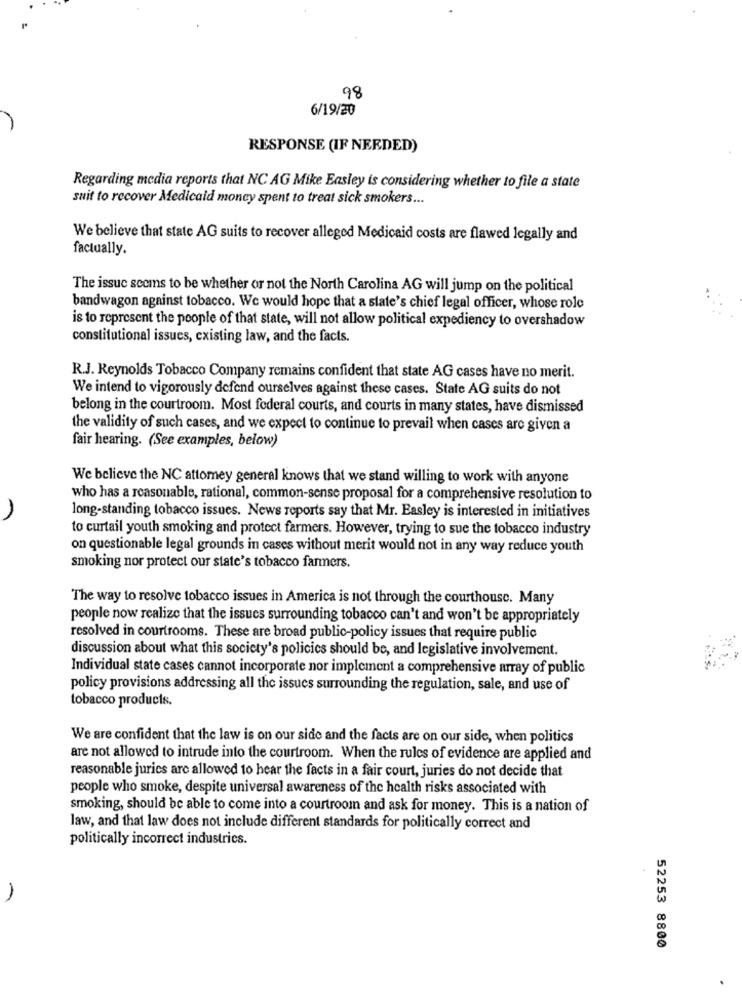
98
6/19/20
RESPONSE (IF NEEDED)
Regarding media reports that NC AG Mike Easley is considering whether to file a state
suit to recover Medicaid money spent to treat sick smokers ...
We believe that state AG suits to recover alleged Medicaid costs are flawed legally and
factually.
The issuc seems to be whether or not the North Carolina AG will jump on the political
bandwagon against tobacco. We would hope that a state's chief legal officer, whose role
is to represent the people of that state, will not allow political expediency to overshadow
constitutional issues, existing law, and the facts.
R.J. Reynolds Tobacco Company remains confident that state AG cases have no merit.
We intend to vigorously defend ourselves against these cases. State AG suits do not
belong in the courtroom. Most federal courts, and courts in many states, have dismissed
the validity of such cases, and we expect to continue to prevail when cases are given a
fair hearing. (See examples, below)
We believe the NC attomey general knows that we stand willing to work with anyone
who has a reasonable, rational, common-sense proposal for a comprehensive resolution to
long-standing tobacco issues. News reports say that Mr. Easley is interested in initiatives
to curtail youth smoking and protect farmers. However, trying to sue the tobacco industry
on questionable legal grounds in cases without merit would not in any way reduce youth
smoking nor protect our state's tobacco farmers.
The way to resolve tobacco issues in America is not through the courthouse. Many
people now realize that the issues surrounding tobacco can't and won't be appropriately
resolved in courtrooms. These are broad public-policy issues that require public
discussion about what this society's policies should be, and legislative involvement.
Individual state cases cannot incorporate nor implement a comprehensive array of public
policy provisions addressing all the issues surrounding the regulation, sale, and use of
tobacco products.
We are confident that the law is on our side and the facts are on our side, when politics
are not allowed to intrude into the courtroom. When the rules of evidence are applied and
reasonable jurics are allowed to hear the facts in a fair court, juries do not decide that
people who smoke, despite universal awareness of the health risks associated with
smoking, should be able to come into a courtroom and ask for money. This is a nation of
law, and that law does not include different standards for politically correct and
politically incorrect industries.
Un
A
00
52253 8800